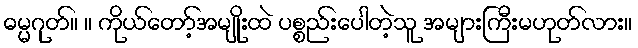
ဓမ္မဂုတ်။ ။ ကိုယ်တော့်အမျိုးထဲ ပစ္စည်းပေါတဲ့သူ အများကြီးမဟုတ်လား။